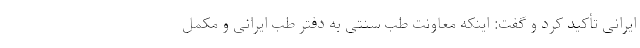
ایرانی تأکید کرد و گفت: اینکه معاونت طب سنتی به دفتر طب ایرانی و مکمل